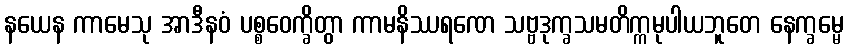
နယေန ကာမေသု အာဒီနဝံ ပစ္စဝေက္ခိတွာ ကာမနိဿရဏေ သဗ္ဗဒုက္ခသမတိက္ကမုပါယဘူတေ နေက္ခမ္မေ